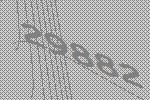
29882